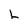
Character: L